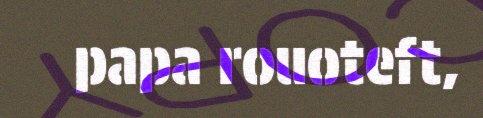
papa rouoteft,